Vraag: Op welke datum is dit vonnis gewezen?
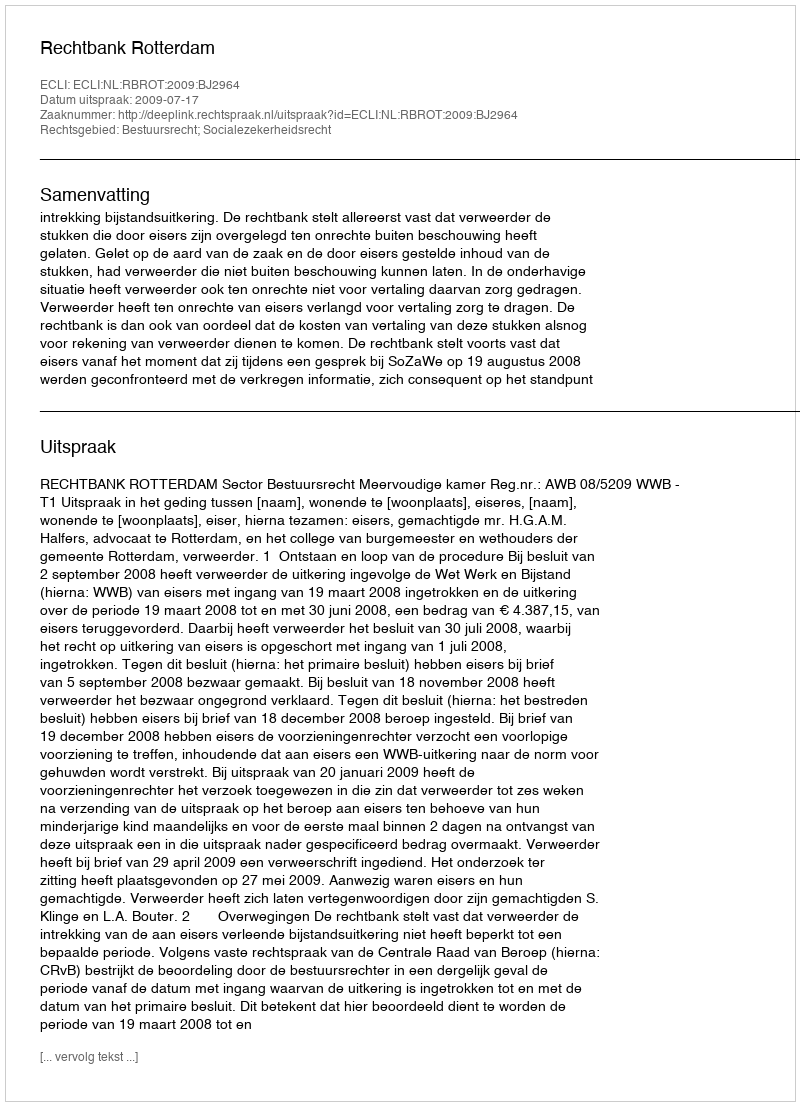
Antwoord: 2009-07-17